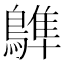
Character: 𪄩